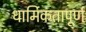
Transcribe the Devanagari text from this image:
धार्मिकतापूर्ण